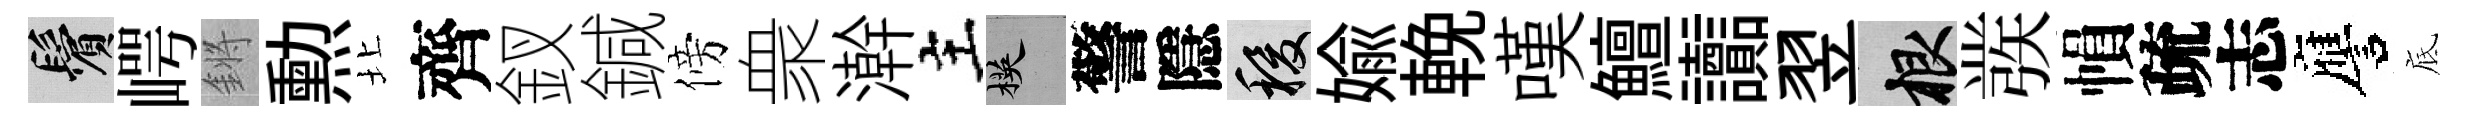
鬢崿鏘勲北齊釵鍼傍衆澣主楧警隱稷媮輓嘆鱣讟翌根彂𢄙疏志譍底